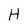
Character: H